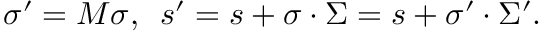
\sigma ^ { \prime } = M \sigma , \enspace s ^ { \prime } = s + \sigma \cdot \Sigma = s + \sigma ^ { \prime } \cdot \Sigma ^ { \prime } .